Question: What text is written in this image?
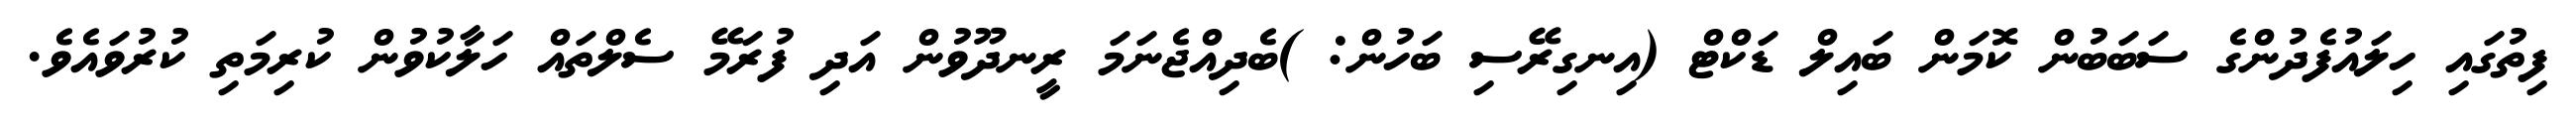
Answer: ފިތުގައި ހިލައުފެދުންގެ ސަބަބުން ކޮމަން ބައިލް ޑަކްޓް (އިނގިރޭސި ބަހުން: )ބެދިއްޖެނަމަ ރީނދޫވުން އަދި ފުރަމޭ ސެލްތައް ހަލާކުވުން ކުރިމަތި ކުރުވައެވެ.